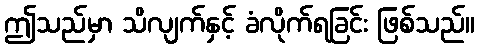
ဤသည်မှာ သိလျက်နှင့် ခံလိုက်ရခြင်း ဖြစ်သည်။